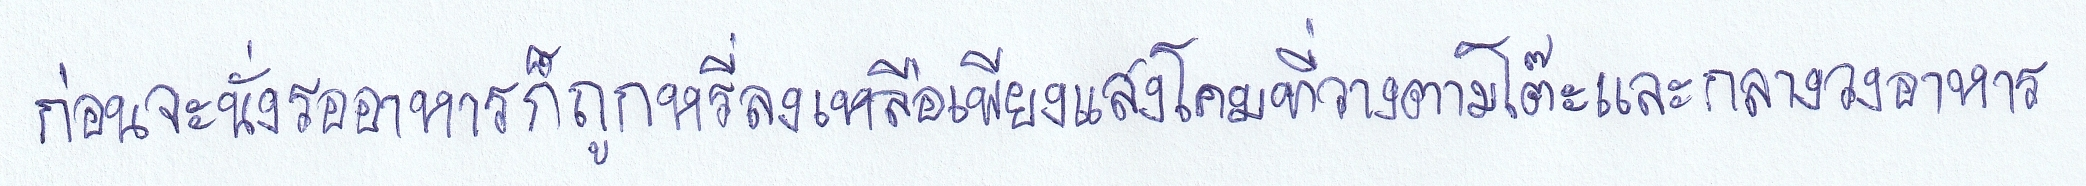
ก่อนจะนั่งรออาหารก็ถูกหรี่ลงเหลือเพียงแสงโคมที่วางตามโต๊ะและกลางวงอาหาร